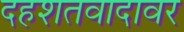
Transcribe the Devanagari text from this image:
दहशतवादावर